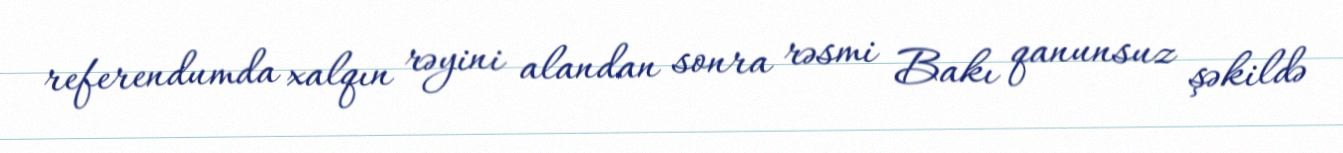
referendumda xalqın rəyini alandan sonra rəsmi Bakı qanunsuz şəkildə